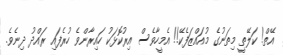
އޭތް! ކަލޭތީ މިތަނުގެ މުއައްޒަފެކޭ!! އެމީހާވެސް އިރުކޮޅަކު ހައިރާންވެ ހުރެފައި ރައްދު ދިނެވެ.